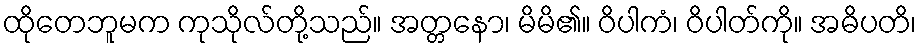
ထိုတေဘူမက ကုသိုလ်တို့သည်။ အတ္တနော၊ မိမိ၏။ ဝိပါကံ၊ ဝိပါတ်ကို။ အဓိပတိ၊